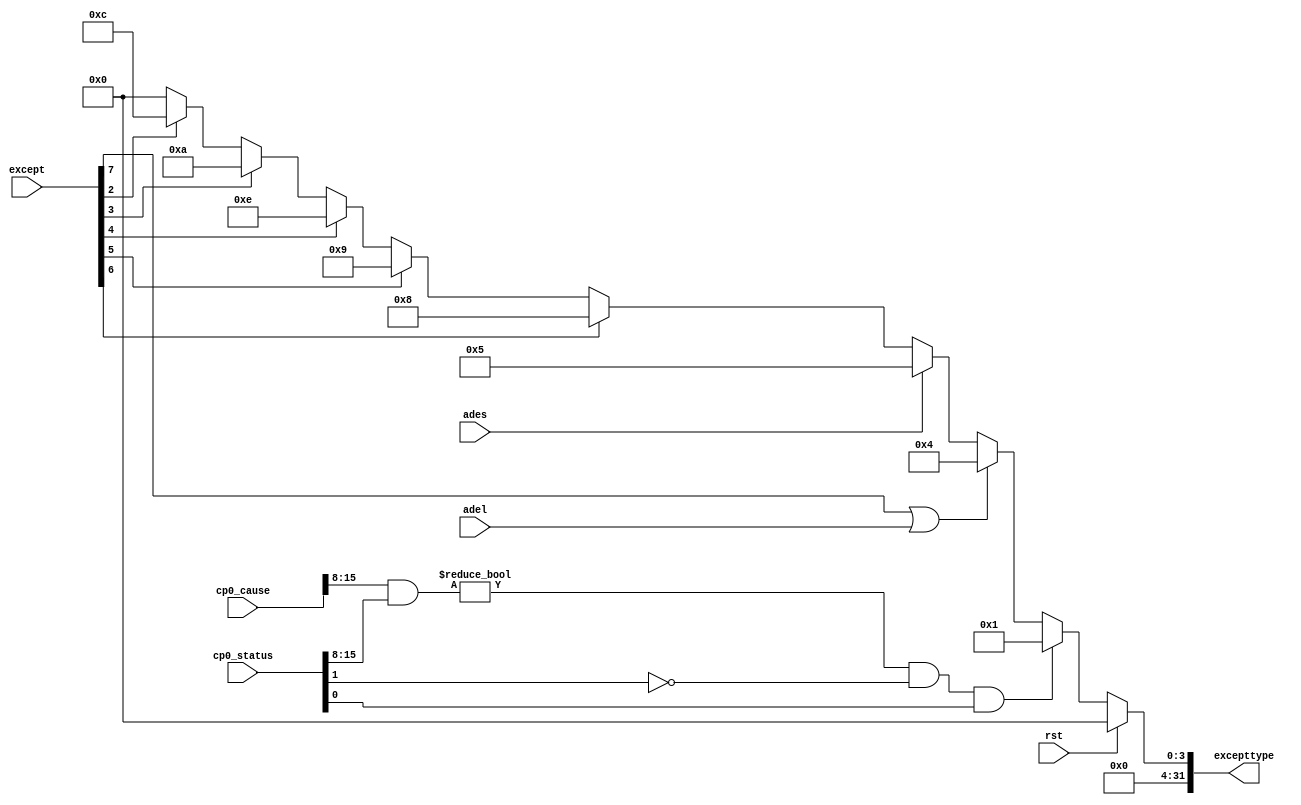
module exception(
    input wire rst,
    input wire[7:0] except,
    input wire adel,ades,
    input wire[31:0] cp0_status,cp0_cause,
    output reg[31:0] excepttype
    );
    always@(*) begin
        excepttype <= 32'b0;
        if(rst)
            excepttype <= 32'b0;
        else begin
            if(((cp0_cause[15:8] & cp0_status[15:8]) != 8'h00) && (cp0_status[1] == 1'b0) &&(cp0_status[0] == 1'b1))
                //interrupt
                excepttype <= 32'h00000001;
            else if(except[7] == 1'b1 || adel)//adel
                excepttype <= 23'h00000004;
            else if(ades)//ades
                excepttype <= 32'h00000005;
            else if(except[6] == 1'b1)//syscal
                excepttype <= 32'h00000008;
            else if(except[5] == 1'b1)//break
                excepttype <= 32'h00000009;
            else if(except[4] == 1'b1)//eret
                excepttype <= 32'h0000000e;
            else if(except[3] == 1'b1)//invaild
                excepttype <= 32'h0000000a;
            else if(except[2] == 1'b1)//overflow
                excepttype <= 32'h0000000c;
        end
    end
endmodule